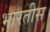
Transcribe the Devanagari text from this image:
भारतीस